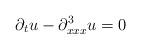
LaTeX: \begin{align*}\partial_t u - \partial^3_{xxx} u = 0\end{align*}